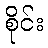
စိုင်း